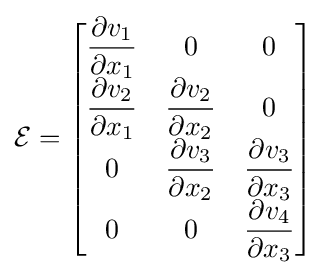
{\mathcal {E}}={\begin{bmatrix}{\dfrac {\partial v_{1}}{\partial x_{1}}}&0&0\\{\dfrac {\partial v_{2}}{\partial x_{1}}}&{\dfrac {\partial v_{2}}{\partial x_{2}}}&0\\0&{\dfrac {\partial v_{3}}{\partial x_{2}}}&{\dfrac {\partial v_{3}}{\partial x_{3}}}\\0&0&{\dfrac {\partial v_{4}}{\partial x_{3}}}\\\end{bmatrix}}